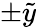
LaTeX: \pm\tilde{y}